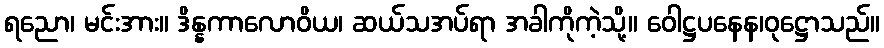
ရညော၊ မင်းအား။ ဒိန္နကာလောဝိယ၊ ဆယ်သအပ်ရာ အခါကိုကဲ့သို့။ ဝေါဋ္ဌပနေန၊ဝုဋ္ဌောသည်။